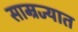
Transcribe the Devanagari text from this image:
साम्रज्यात